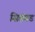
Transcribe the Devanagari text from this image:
सिहंगड